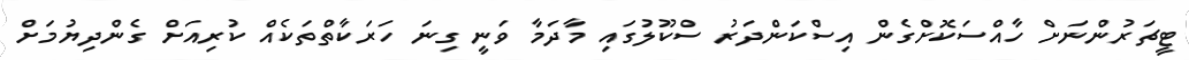
ޓީޗަރުންނަށް ހާއްސަކޮށްގެން އިސްކަންދަރު ސްކޫލުގައި މާދަމާ ވަނީ ގިނަ ހަރަކާތްތަކެއް ކުރިއަށް ގެންދިޔުމަށް